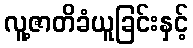
လူ့ဇာတိခံယူခြင်းနှင့်